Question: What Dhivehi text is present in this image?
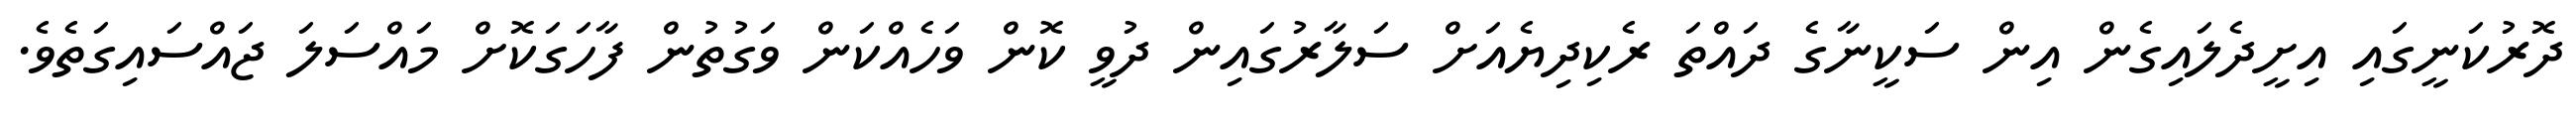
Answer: ދޮރުކަނީގައި އިށީދެލައިގެން އިން ސަކީނާގެ ދައްތަ ރެކިދިޔެއަށް ސަލާރުގައިން ދުވީ ކޮން ވަހެއްކަން ވަގުތުން ފާހަގަކޮށް މައްސަލަ ޖައްސައިގަތެވެ.